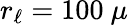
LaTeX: r_{\ell}=100~\mu